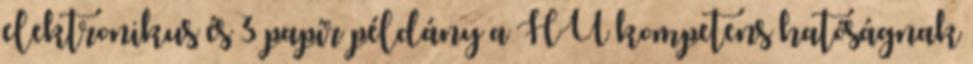
elektronikus és 3 papír példány a HU kompetens hatóságnak